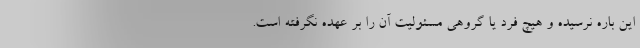
این باره نرسیده و هیچ فرد یا گروهی مسئولیت آن را بر عهده نگرفته است.